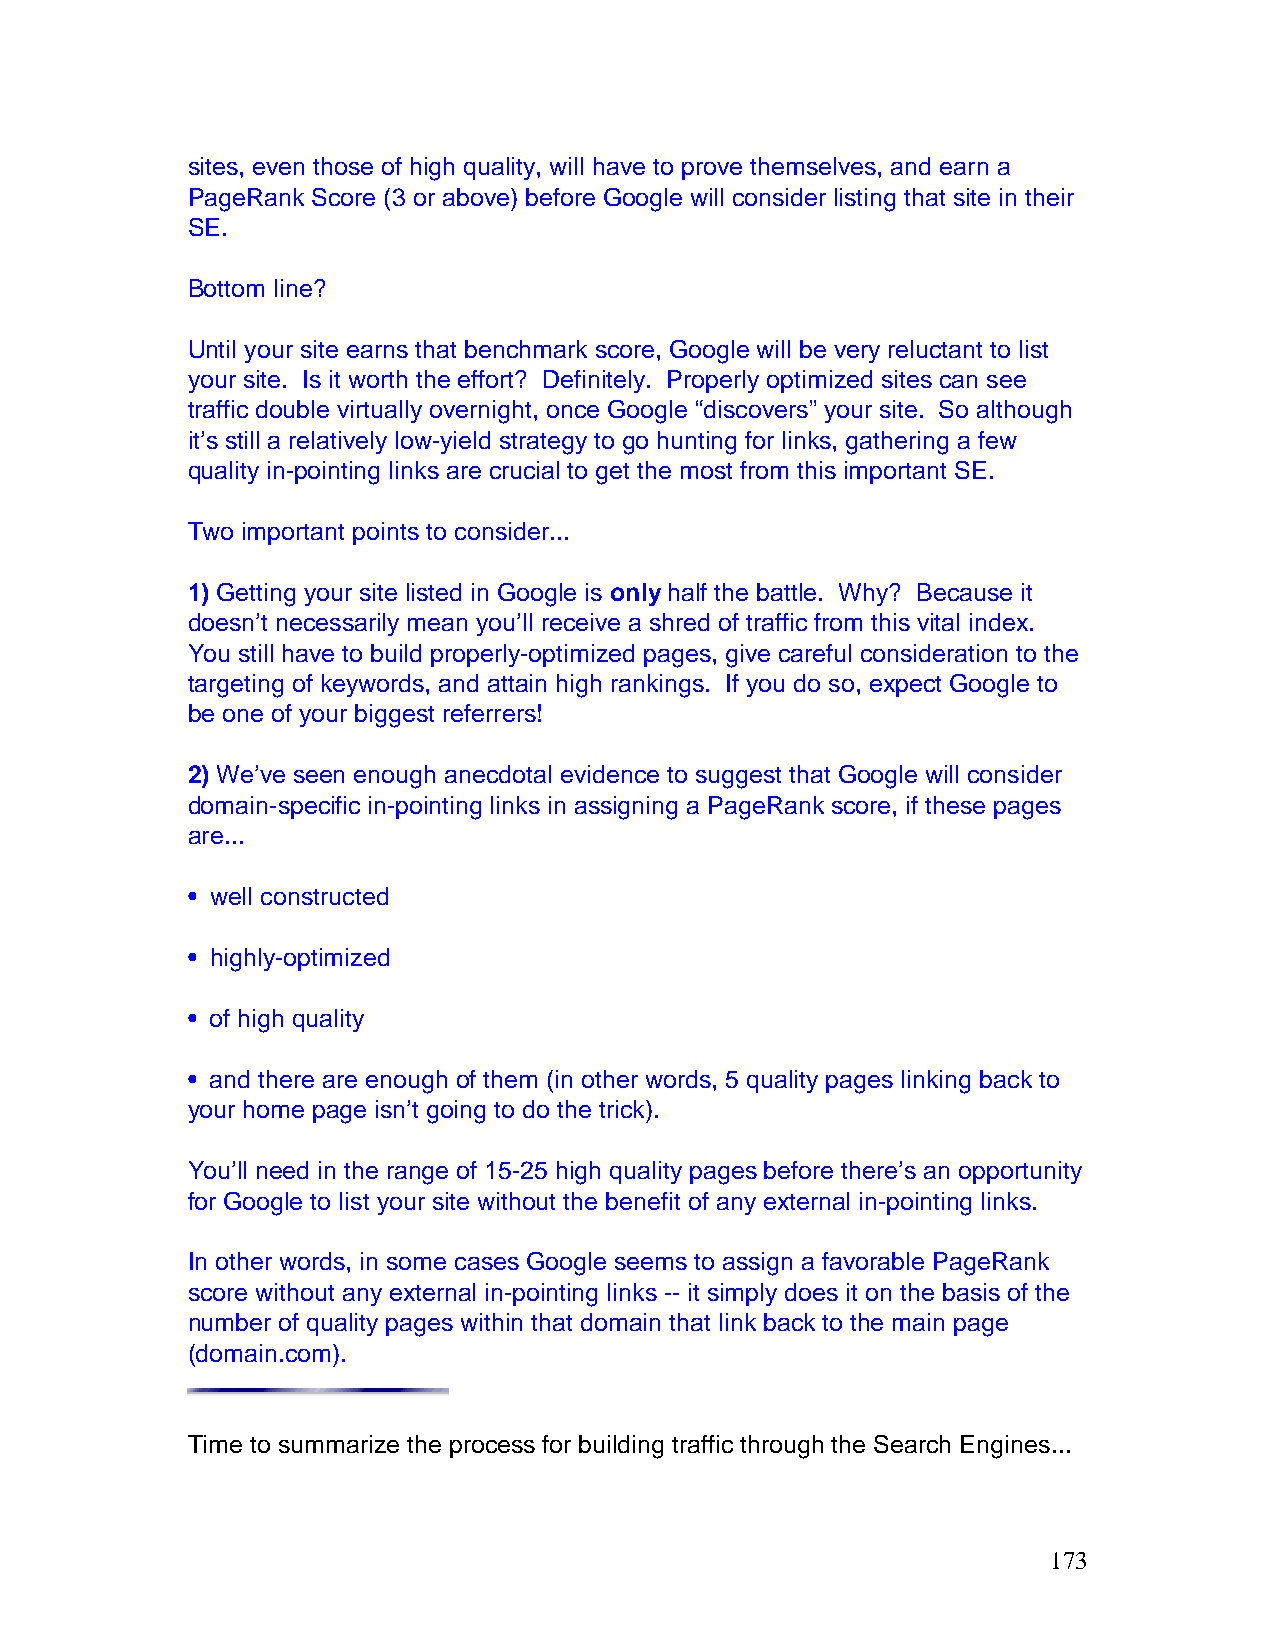
sites, even those of high quality, will have to prove themselves, and earn a
 PageRank Score (3 or above) before Google will consider listing that site in their
 SE.
 Bottom line?
 Until your site earns that benchmark score, Google will be very reluctant to list
 your site. Is it worth the effort? Definitely. Properly optimized sites can see
 traffic double virtually overnight, once Google “discovers” your site. So although
 it’s still a relatively low-yield strategy to go hunting for links, gathering a few
 quality in-pointing links are crucial to get the most from this important SE.
 Two important points to consider...
 1) Getting your site listed in Google is only half the battle. Why? Because it
 doesn’t necessarily mean you’ll receive a shred of traffic from this vital index.
 You still have to build properly-optimized pages, give careful consideration to the
 targeting of keywords, and attain high rankings. If you do so, expect Google to
 be one of your biggest referrers!
 2) We’ve seen enough anecdotal evidence to suggest that Google will consider
 domain-specific in-pointing links in assigning a PageRank score, if these pages
 are...
 • well constructed
 • highly-optimized
 • of high quality
 • and there are enough of them (in other words, 5 quality pages linking back to
 your home page isn’t going to do the trick).
 You’ll need in the range of 15-25 high quality pages before there’s an opportunity
 for Google to list your site without the benefit of any external in-pointing links.
 In other words, in some cases Google seems to assign a favorable PageRank
 score without any external in-pointing links -- it simply does it on the basis of the
 number of quality pages within that domain that link back to the main page
 (domain.com).
 Time to summarize the process for building traffic through the Search Engines...
 173